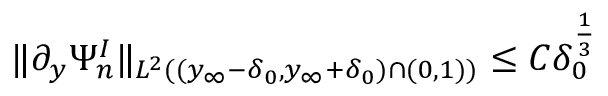
\begin{array} { r } { \| \partial _ { y } \Psi _ { n } ^ { I } \| _ { L ^ { 2 } ( ( y _ { \infty } - \delta _ { 0 } , y _ { \infty } + \delta _ { 0 } ) \cap ( 0 , 1 ) ) } \leq C \delta _ { 0 } ^ { \frac 1 3 } } \end{array}